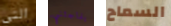
التي يفاجئني السماح